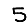
Digit: 5